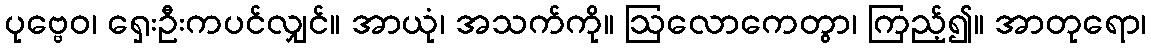
ပုဗ္ဗေဝ၊ ရှေးဦးကပင်လျှင်။ အာယုံ၊ အသက်ကို။ ဩလောကေတွာ၊ ကြည့်၍။ အာတုရော၊